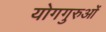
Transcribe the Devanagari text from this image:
योगगुरुओं